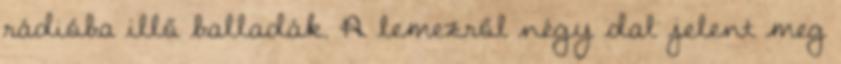
rádióba illő balladák. A lemezről négy dal jelent meg